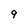
Character: 9